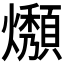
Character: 𤒟